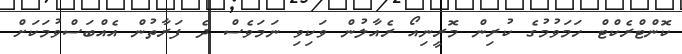
ކޮންޓްރެކްޓް ހަމަވުމުގެ ކުރިން މޮރީނިއޯ ރެއާލުން ވަކިވި ނަމަވެސް ދެ ފަރާތުން އެއްބަސްވުމަކަށް